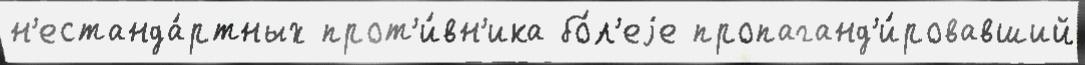
н'естанда́ртных прот'и́вн'ика бо́л'еjе пропаганд'и́ровавший